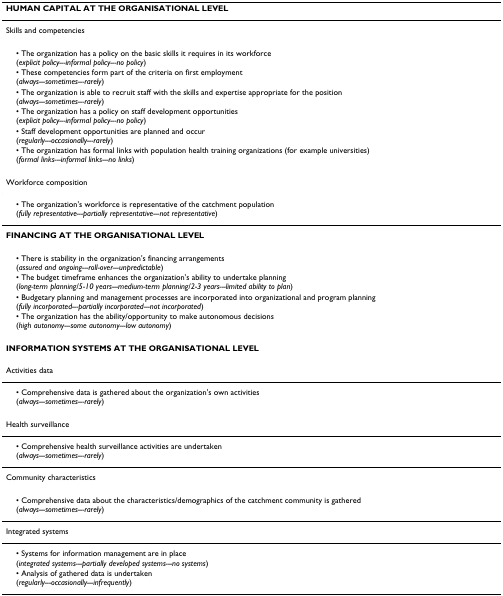
<table><thead><tr><td><b>HUMAN CAPITAL AT THE ORGANISATIONAL LEVEL</b></td></tr></thead><tbody><tr><td>Skills and competencies</td></tr><tr><td> • The organization has a policy on the basic skills it requires in its workforce(<i>explicit policy---informal policy---no policy</i>)</td></tr><tr><td> • These competencies form part of the criteria on first employment(<i>always---sometimes---rarely</i>)</td></tr><tr><td> • The organization is able to recruit staff with the skills and expertise appropriate for the position(<i>always---sometimes---rarely</i>)</td></tr><tr><td> • The organization has a policy on staff development opportunities(<i>explicit policy---informal policy---no policy</i>)</td></tr><tr><td> • Staff development opportunities are planned and occur(<i>regularly---occasionally---rarely</i>)</td></tr><tr><td> • The organization has formal links with population health training organizations (for example universities)(<i>formal links---informal links---no links</i>)</td></tr><tr><td>Workforce composition</td></tr><tr><td> • The organization&#x27;s workforce is representative of the catchment population(<i>fully representative---partially representative---not representative</i>)</td></tr><tr><td><b>FINANCING AT THE ORGANISATIONAL LEVEL</b></td></tr><tr><td> • There is stability in the organization&#x27;s financing arrangements(<i>assured and ongoing---roll-over---unpredictable</i>)</td></tr><tr><td> • The budget timeframe enhances the organization&#x27;s ability to undertake planning(<i>long-term planning/5-10 years---medium-term planning/2-3 years---limited ability to plan</i>)</td></tr><tr><td> • Budgetary planning and management processes are incorporated into organizational and program planning(<i>fully incorporated---partially incorporated---not incorporated</i>)</td></tr><tr><td> • The organization has the ability/opportunity to make autonomous decisions(<i>high autonomy---some autonomy---low autonomy</i>)</td></tr><tr><td><b>INFORMATION SYSTEMS AT THE ORGANISATIONAL LEVEL</b></td></tr><tr><td>Activities data</td></tr><tr><td> • Comprehensive data is gathered about the organization&#x27;s own activities(<i>always---sometimes---rarely</i>)</td></tr><tr><td>Health surveillance</td></tr><tr><td> • Comprehensive health surveillance activities are undertaken(<i>always---sometimes---rarely</i>)</td></tr><tr><td>Community characteristics</td></tr><tr><td> • Comprehensive data about the characteristics/demographics of the catchment community is gathered(<i>always---sometimes---rarely</i>)</td></tr><tr><td>Integrated systems</td></tr><tr><td> • Systems for information management are in place(<i>integrated systems---partially developed systems---no systems</i>)</td></tr><tr><td> • Analysis of gathered data is undertaken(<i>regularly---occasionally---infrequently</i>)</td></tr></tbody></table>